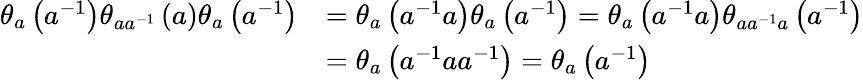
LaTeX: \begin{array}{rl}{\theta_{a}\left(a^{-1}\right)\theta_{aa^{-1}}\left(a\right)\theta_{a}\left(a^{-1}\right)}&{=\theta_{a}\left(a^{-1}a\right)\theta_{a}\left(a^{-1}\right)=\theta_{a}\left(a^{-1}a\right)\theta_{aa^{-1}a}\left(a^{-1}\right)}\\ &{=\theta_{a}\left(a^{-1}aa^{-1}\right)=\theta_{a}\left(a^{-1}\right)}\end{array}